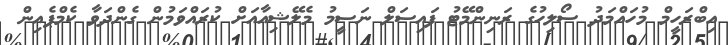
އިބްރަހީމް މުހައްމަދު ސޯލިހުގެ ރަނިންމޭޓު ފައިސަލް ނަސީމު މެލޭޝިއާއަށް ކުރައްވަމުން ގެންދަވާ ކެމްޕެއިން